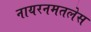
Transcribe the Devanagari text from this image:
नायरनमतलेस